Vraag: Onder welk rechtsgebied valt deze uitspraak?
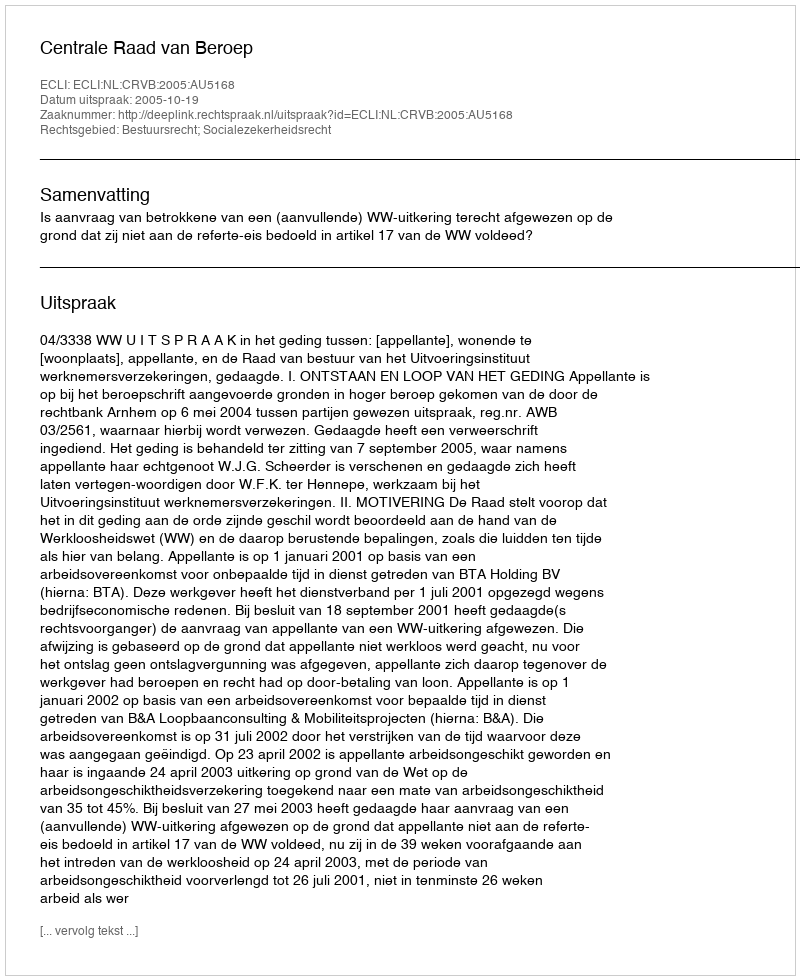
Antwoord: Bestuursrecht; Socialezekerheidsrecht